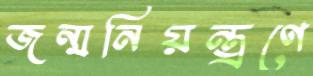
জন্মনিয়ন্ত্রণে